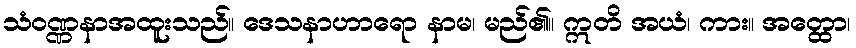
သံဝဏ္ဏနာအထူးသည်။ ဒေသနာဟာရော နာမ၊ မည်၏။ ဣတိ အယံ၊ ကား။ အတ္ထော၊